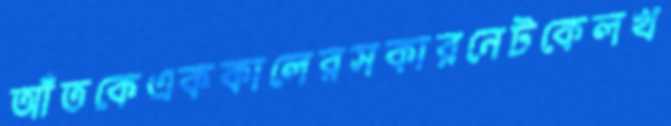
আঁতকেএককালেরসকারনেটকেলখ